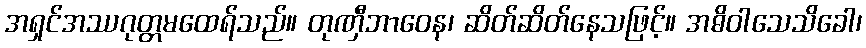
အရှင်အဿဂုတ္တမထေရ်သည်။ တုဏှီဘာဝေန၊ ဆိတ်ဆိတ်နေသဖြင့်။ အဓိဝါသေသိခေါ၊